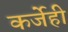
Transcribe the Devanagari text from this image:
कर्जेही